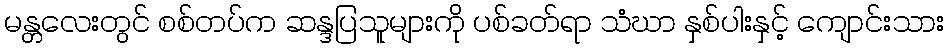
မန္တလေးတွင် စစ်တပ်က ဆန္ဒပြသူများကို ပစ်ခတ်ရာ သံဃာ နှစ်ပါးနှင့် ကျောင်းသား